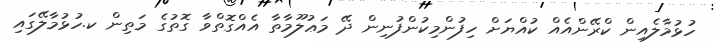
ހުޅުމާލެއިން ކްރޭންއެއް ކުއްޔަށް ހިފުންމިކުންފުނިން ދޭ މަޢުލޫމާތާ އެއްގޮތްވާ ގޮތުގެ މަތިން ކ.ހުޅުމާލޭގައި